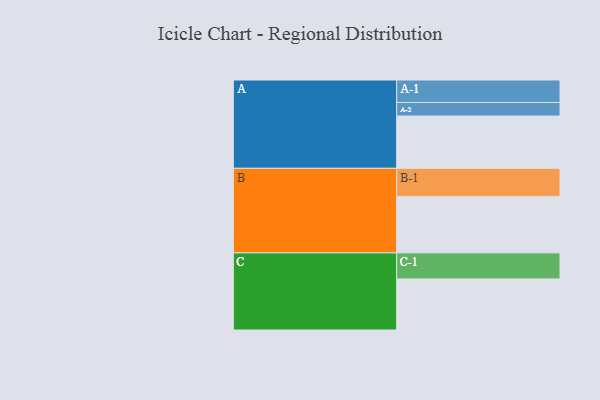
{"axis": {"x": "Segment", "y": "Value"}, "legend": ["", "A", "B", "C"], "data": [{"x": "A", "y": 458, "type": ""}, {"x": "B", "y": 495, "type": ""}, {"x": "C", "y": 448, "type": ""}, {"x": "A-1", "y": 197, "type": "A"}, {"x": "A-2", "y": 119, "type": "A"}, {"x": "B-1", "y": 246, "type": "B"}, {"x": "C-1", "y": 228, "type": "C"}]}